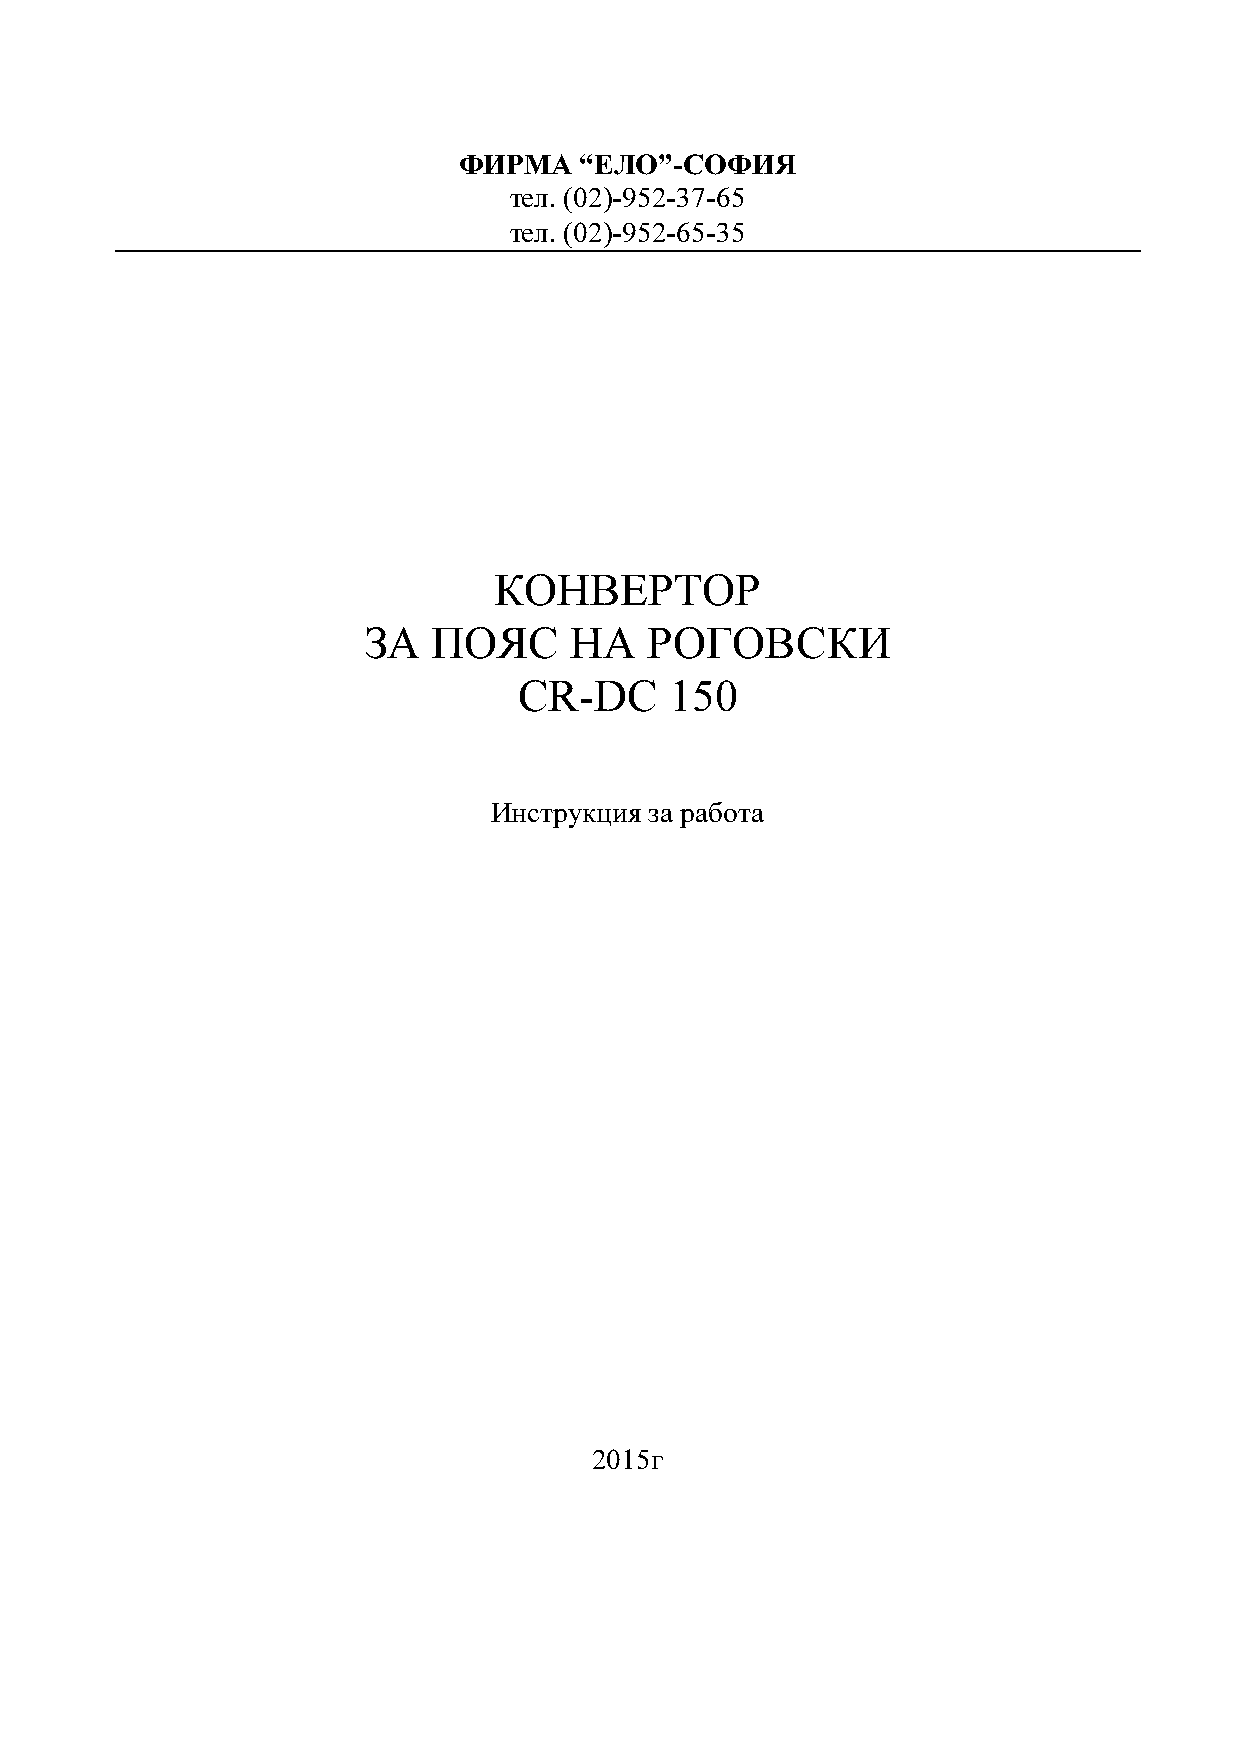
ФИРМА   “ЕЛО”-СОФИЯ
 тел. (02)-952-37-65
 тел. (02)-952-65-35
 КОНВЕРТОР
 ЗА   ПОЯС     НА   РОГОВСКИ
 CR-DC     150
 Инструкция за работа
 2015г